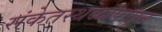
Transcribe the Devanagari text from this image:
संकेतस्थळांपासून